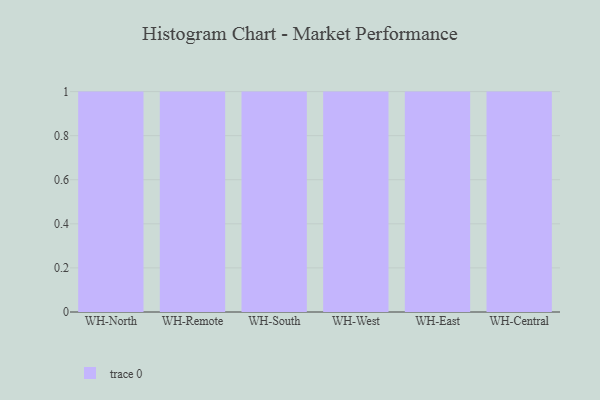
{"axis": {"x": "Warehouse", "y": "Humidity (%)"}, "legend": [""], "data": [{"x": "WH-North", "y": 85, "type": ""}, {"x": "WH-Remote", "y": 78, "type": ""}, {"x": "WH-South", "y": 68, "type": ""}, {"x": "WH-West", "y": 84, "type": ""}, {"x": "WH-East", "y": 60, "type": ""}, {"x": "WH-Central", "y": 41, "type": ""}]}